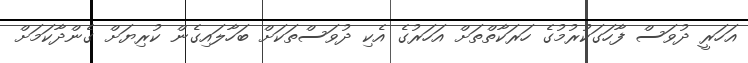
އަހަރީ ދުވަސް ފާހަގަކުރުމުގެ ހަރަކާތްތަށް އަހަރުގެ އެކި ދުވަސްތަކަށް ބަހާލައިގެން ކުރިޔަށް ގެންދާކަމަށް